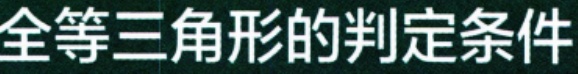
全等三角形的判定条件